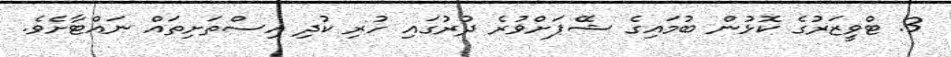
3. ޓްވީޒަރުގެ ކޮޅުން ބުމައިގެ ޝޭޕަށްވުރެ ދުރުގައި ހުރި ކުދި އިސްތަށިތައް ނައްޓާށެވެ.